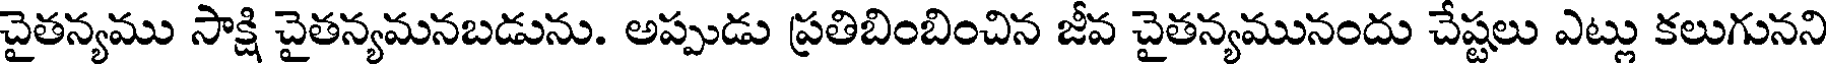
చైతన్యము సాక్షి చైతన్యమనబడును. అప్పుడు ప్రతిబింబించిన జీవ చైతన్యమునందు చేష్టలు ఎట్లు కలుగునని